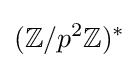
(\mathbb {Z} /p^{2}\mathbb {Z} )^{*}